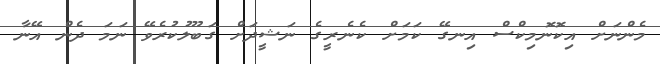
މެންނަށް އިކޮނޮމިކްސް އިނގޭ ކަމަށް ކެނެރީގެ ނަޝީދަށް ގަބޫލުކުރެވޭ ނަމަ ދެން އޭނާ